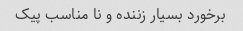
برخورد بسیار زننده و نا مناسب پیک